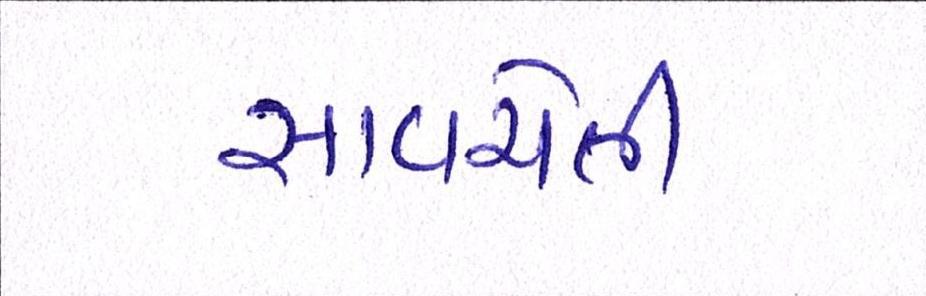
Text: સાવચેતી